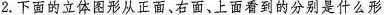
2.下面的立体图形从正面、右面、上面看到的分别是什么形